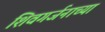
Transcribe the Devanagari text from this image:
शिवगर्जनाच्या